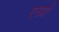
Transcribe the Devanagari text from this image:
एस्प्रो